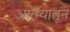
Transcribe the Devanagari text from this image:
आत्म्यातून